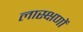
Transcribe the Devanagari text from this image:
लास्क्षणों